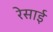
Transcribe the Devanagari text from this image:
रेसाई